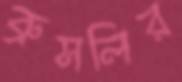
ব্রুসলির